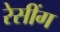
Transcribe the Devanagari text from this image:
रेसींग